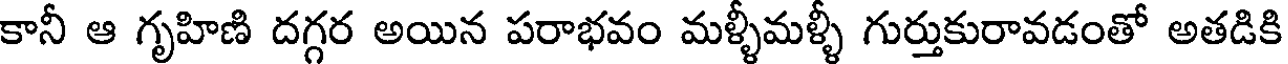
కానీ ఆ గృహిణి దగ్గర అయిన పరాభవం మళ్ళీమళ్ళీ గుర్తుకురావడంతో అతడికి